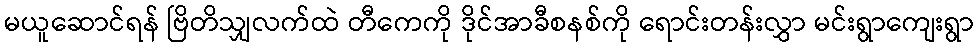
မယူဆောင်ရန် ဗြိတိသျှလက်ထဲ တီကေကို ဒိုင်အာခီစနစ်ကို ရောင်းတန်းလွှာ မင်းရွာကျေးရွာ